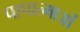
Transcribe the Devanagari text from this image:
पापात्माओं